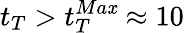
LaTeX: t_{T}>t_{T}^{Ma\mathit{x}}\approx10